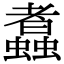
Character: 䘄